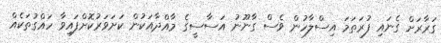
ގަރާރަށް ގެނައި ފުރަތަމަ އިސްލާހުން ވެސް ގާނޫނު އަސާސީގެ މާއްދާއަކުން ކަށަވަރުކޮށްފައިވާ ހައްގުތަކެއް